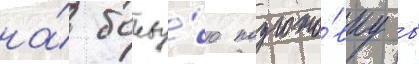
на́ боеву́ю подгото́вку в